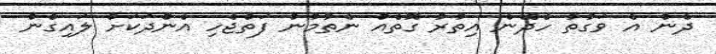
ދެން އެ ވަގުތު ހެދޭނެ އިތުރު ގޮތެއް ނެތުމުން ފަތްޖެހި އެންދަކަށް ލައިގެން